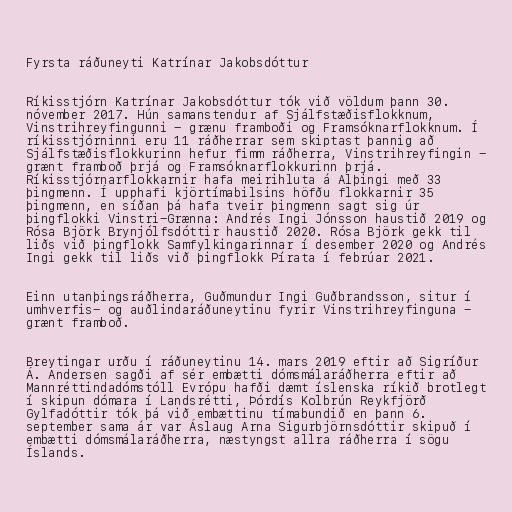
Fyrsta ráðuneyti Katrínar Jakobsdóttur

Ríkisstjórn Katrínar Jakobsdóttur tók við völdum þann 30.
nóvember 2017. Hún samanstendur af Sjálfstæðisflokknum,
Vinstrihreyfingunni - grænu framboði og Framsóknarflokknum. Í
ríkisstjórninni eru 11 ráðherrar sem skiptast þannig að
Sjálfstæðisflokkurinn hefur fimm ráðherra, Vinstrihreyfingin -
grænt framboð þrjá og Framsóknarflokkurinn þrjá.
Ríkisstjórnarflokkarnir hafa meirihluta á Alþingi með 33
þingmenn. Í upphafi kjörtímabilsins höfðu flokkarnir 35
þingmenn, en síðan þá hafa tveir þingmenn sagt sig úr
þingflokki Vinstri-Grænna: Andrés Ingi Jónsson haustið 2019 og
Rósa Björk Brynjólfsdóttir haustið 2020. Rósa Björk gekk til
liðs við þingflokk Samfylkingarinnar í desember 2020 og Andrés
Ingi gekk til liðs við þingflokk Pírata í febrúar 2021.

Einn utanþingsráðherra, Guðmundur Ingi Guðbrandsson, situr í
umhverfis- og auðlindaráðuneytinu fyrir Vinstrihreyfinguna -
grænt framboð.

Breytingar urðu í ráðuneytinu 14. mars 2019 eftir að Sigríður
Á. Andersen sagði af sér embætti dómsmálaráðherra eftir að
Mannréttindadómstóll Evrópu hafði dæmt íslenska ríkið brotlegt
í skipun dómara í Landsrétti, Þórdís Kolbrún Reykfjörð
Gylfadóttir tók þá við embættinu tímabundið en þann 6.
september sama ár var Áslaug Arna Sigurbjörnsdóttir skipuð í
embætti dómsmálaráðherra, næstyngst allra ráðherra í sögu
Íslands.